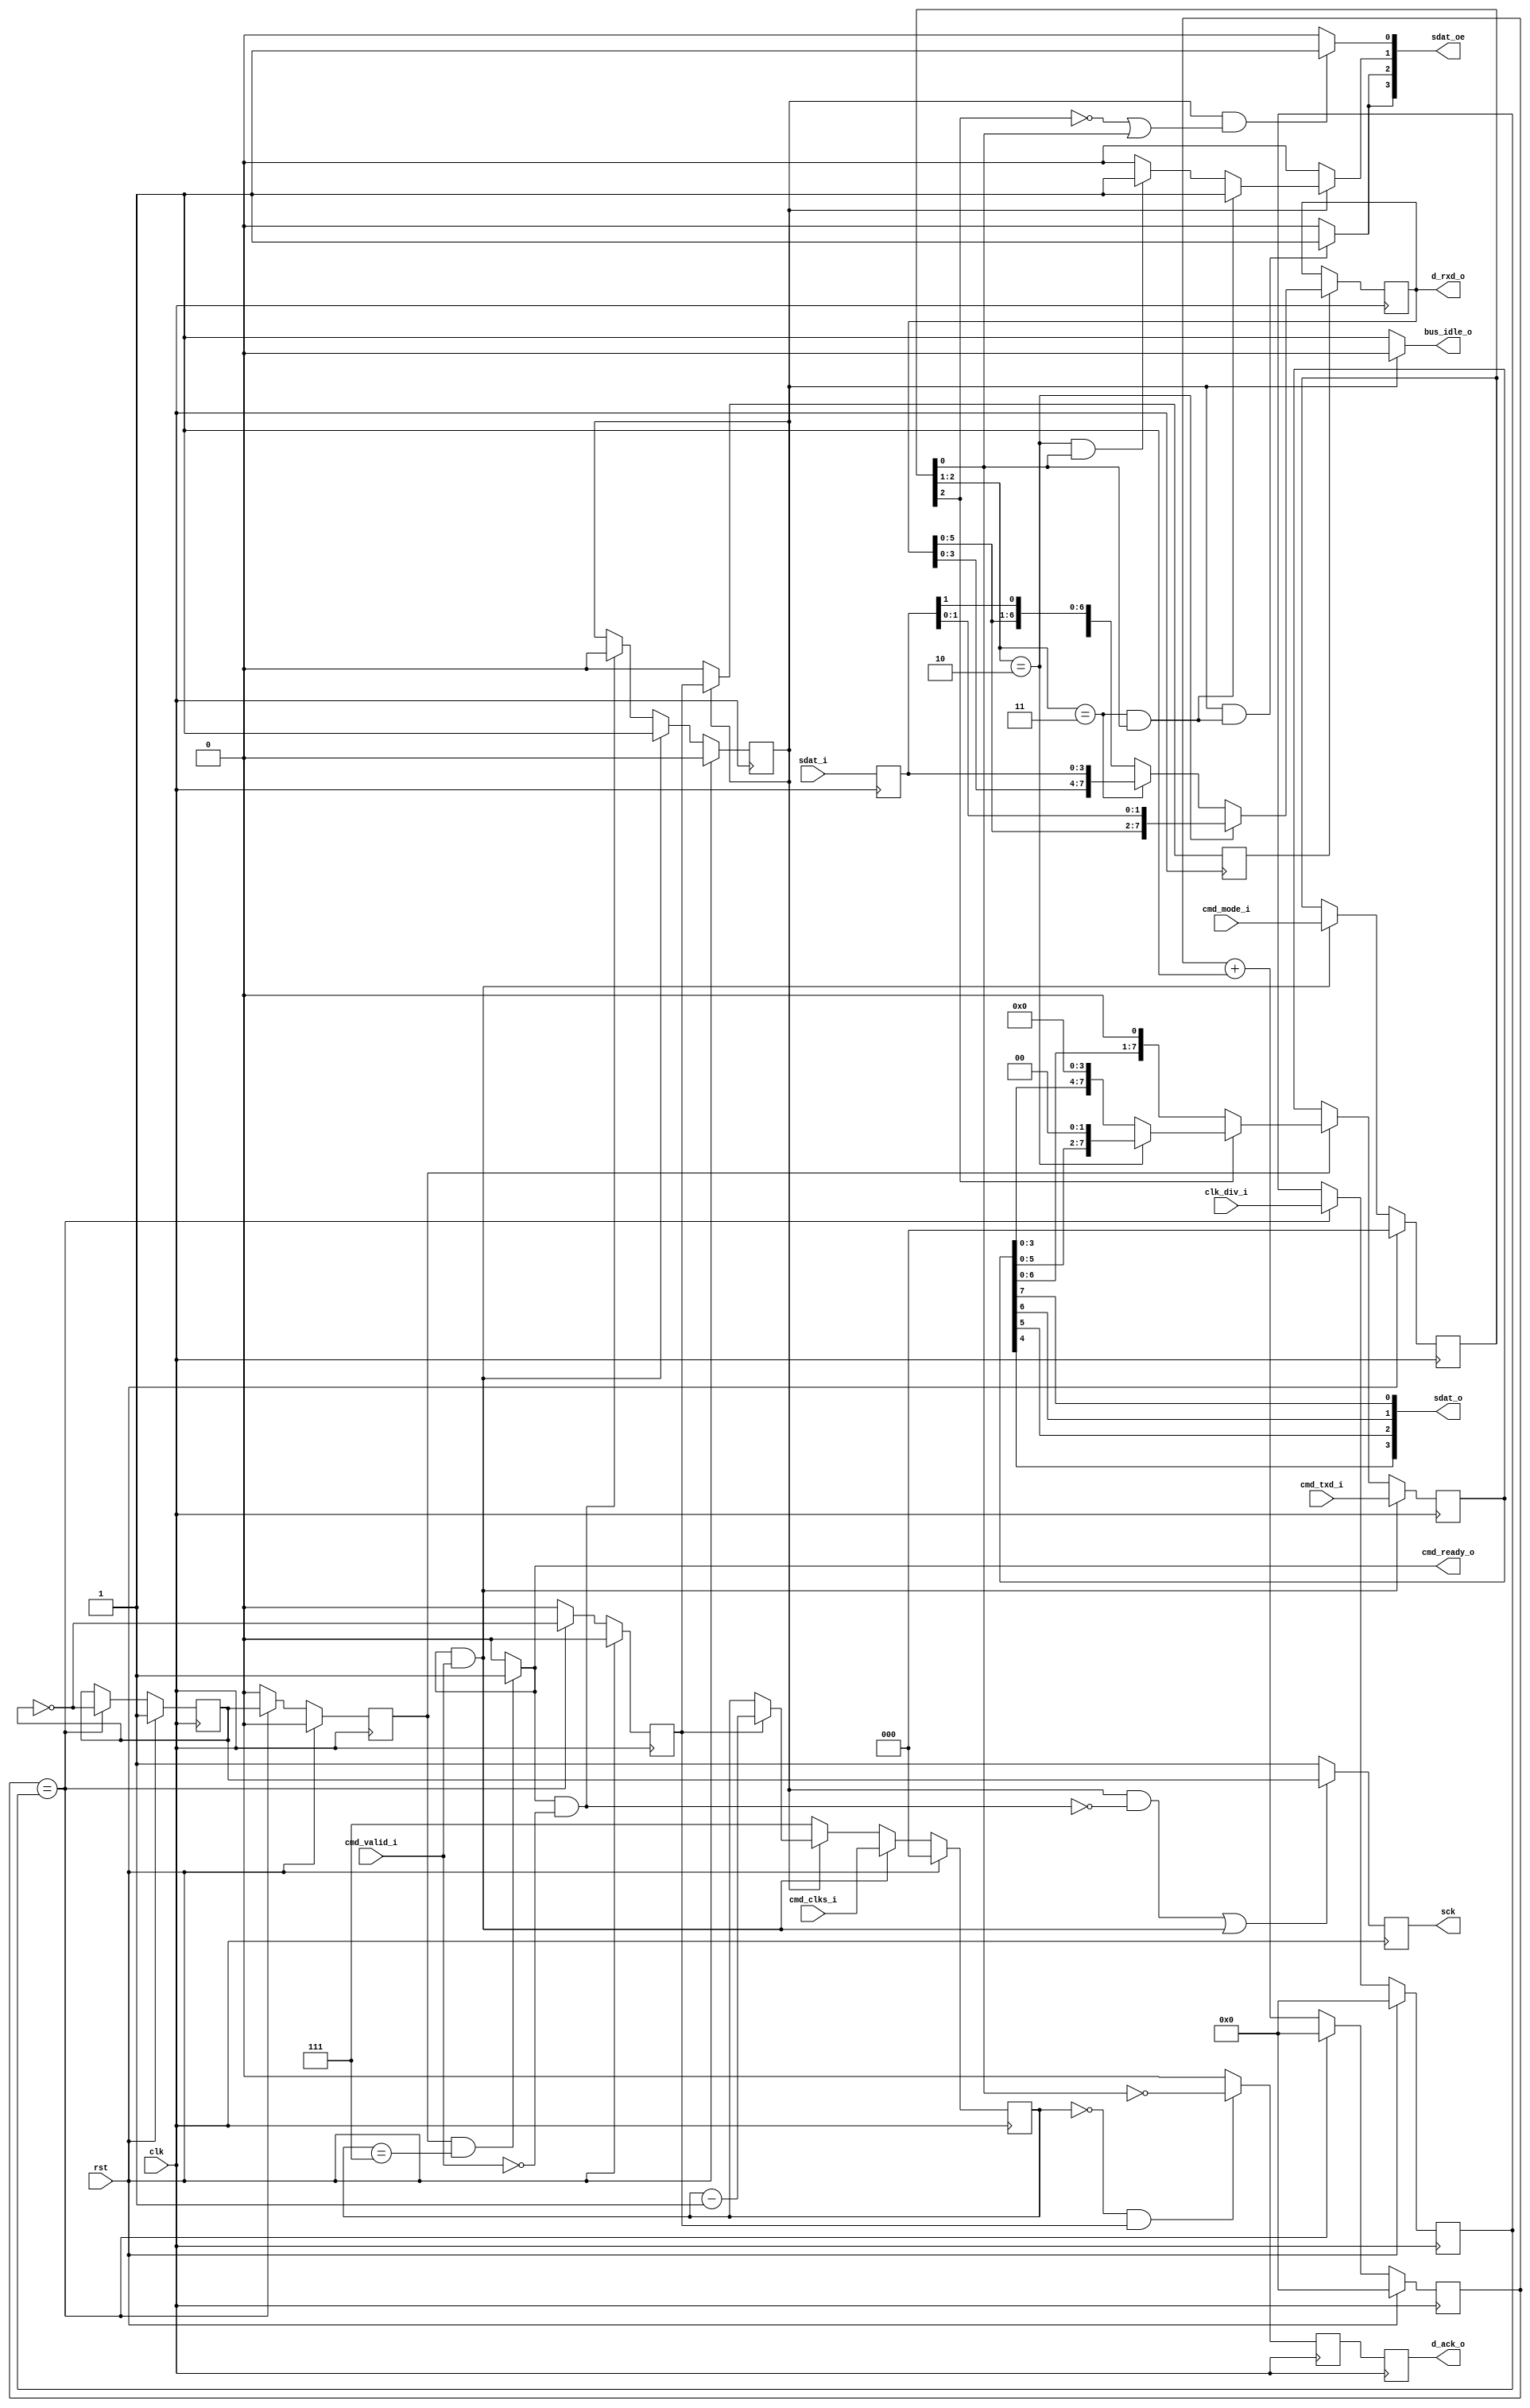
module spi_rxtx_4_1(clk, rst, clk_div_i, cmd_valid_i, cmd_mode_i, cmd_clks_i, cmd_txd_i, sdat_i, cmd_ready_o, d_rxd_o, d_ack_o, bus_idle_o, sck, sdat_o, sdat_oe);
  wire _00_;
  wire _01_;
  wire _02_;
  wire [31:0] _03_;
  wire _04_;
  wire [7:0] _05_;
  wire _06_;
  wire _07_;
  wire [7:0] _08_;
  wire _09_;
  wire [7:0] _10_;
  wire _11_;
  wire _12_;
  wire [7:0] _13_;
  wire _14_;
  wire _15_;
  wire _16_;
  wire _17_;
  wire _18_;
  wire _19_;
  reg _20_;
  reg _21_;
  reg [7:0] _22_;
  reg _23_;
  reg _24_;
  reg [7:0] _25_ = 8'h00;
  wire _26_;
  wire _27_;
  wire _28_;
  wire _29_;
  wire _30_;
  wire _31_;
  wire _32_;
  wire _33_;
  wire _34_;
  wire [2:0] _35_;
  wire _36_;
  wire [2:0] _37_;
  wire _38_;
  reg [2:0] _39_;
  reg _40_ = 1'h0;
  wire _41_;
  wire [2:0] _42_;
  wire [2:0] _43_;
  wire [2:0] _44_;
  wire [2:0] _45_;
  wire [2:0] _46_;
  reg [2:0] _47_;
  wire _48_;
  wire _49_;
  wire [7:0] _50_;
  wire [7:0] _51_;
  wire [7:0] _52_;
  wire [7:0] _53_;
  reg [7:0] _54_;
  wire _55_;
  wire _56_;
  wire _57_;
  wire _58_;
  wire _59_;
  wire _60_;
  wire _61_;
  wire _62_;
  wire _63_;
  wire _64_;
  wire _65_;
  wire _66_;
  wire _67_;
  wire _68_;
  wire _69_;
  wire _70_;
  wire _71_;
  wire _72_;
  wire _73_;
  wire _74_;
  wire _75_;
  wire _76_;
  wire _77_;
  wire _78_;
  wire _79_;
  wire _80_;
  wire _81_;
  wire _82_;
  reg [3:0] _83_;
  wire _84_;
  wire _85_;
  wire _86_;
  wire _87_;
  wire _88_;
  wire _89_;
  wire _90_;
  wire _91_;
  wire [7:0] _92_;
  wire [7:0] _93_;
  reg _94_ = 1'h0;
  reg _95_;
  reg _96_ = 1'h0;
  wire [7:0] _97_;
  reg [7:0] _98_ = 8'h00;
  wire [2:0] bit_count;
  output bus_idle_o;
  wire bus_idle_o;
  input clk;
  wire clk;
  wire [7:0] clk_div;
  input [7:0] clk_div_i;
  wire [7:0] clk_div_i;
  input [2:0] cmd_clks_i;
  wire [2:0] cmd_clks_i;
  wire [2:0] cmd_mode;
  input [2:0] cmd_mode_i;
  wire [2:0] cmd_mode_i;
  output cmd_ready_o;
  wire cmd_ready_o;
  input [7:0] cmd_txd_i;
  wire [7:0] cmd_txd_i;
  input cmd_valid_i;
  wire cmd_valid_i;
  output d_ack_o;
  wire d_ack_o;
  output [7:0] d_rxd_o;
  wire [7:0] d_rxd_o;
  wire dat_ack_l;
  wire [3:0] dat_i_l;
  wire end_cmd;
  wire [7:0] ireg;
  wire next_cmd;
  wire [7:0] oreg;
  input rst;
  wire rst;
  output sck;
  wire sck;
  wire sck_0;
  wire sck_1;
  wire [7:0] \sck_gen.counter ;
  wire sck_recv;
  wire sck_recv_d;
  wire sck_send;
  input [3:0] sdat_i;
  wire [3:0] sdat_i;
  output [3:0] sdat_o;
  wire [3:0] sdat_o;
  output [3:0] sdat_oe;
  wire [3:0] sdat_oe;
  wire start_cmd;
  wire state;
  assign _00_ = { 24'h000000, \sck_gen.counter  } == { 24'h000000, clk_div };
  assign _01_ = ~ sck_0;
  assign _02_ = ~ sck_0;
  assign _03_ = { 24'h000000, \sck_gen.counter  } + 32'd1;
  assign _04_ = _00_ ? _01_ : sck_0;
  assign _05_ = _00_ ? clk_div_i : clk_div;
  assign _06_ = _00_ ? sck_0 : 1'h0;
  assign _07_ = _00_ ? _02_ : 1'h0;
  assign _08_ = _00_ ? 8'h00 : _03_[7:0];
  assign _09_ = rst ? 1'h1 : _04_;
  assign _10_ = rst ? 8'h00 : _05_;
  assign _11_ = rst ? 1'h0 : _06_;
  assign _12_ = rst ? 1'h0 : _07_;
  assign _13_ = rst ? 8'h00 : _08_;
  assign _14_ = state == 1'h1;
  assign _15_ = ~ end_cmd;
  assign _16_ = _14_ & _15_;
  assign _17_ = next_cmd & cmd_valid_i;
  assign _18_ = _16_ | _17_;
  assign _19_ = _18_ ? sck_0 : 1'h1;
  always @(posedge clk)
    _20_ <= _09_;
  always @(posedge clk)
    _21_ <= _19_;
  always @(posedge clk)
    _22_ <= _10_;
  always @(posedge clk)
    _23_ <= _11_;
  always @(posedge clk)
    _24_ <= _12_;
  always @(posedge clk)
    _25_ <= _13_;
  assign _26_ = bit_count == 3'h7;
  assign _27_ = sck_send & _26_;
  assign _28_ = _27_ ? 1'h1 : 1'h0;
  assign _29_ = next_cmd & cmd_valid_i;
  assign _30_ = ~ cmd_valid_i;
  assign _31_ = next_cmd & _30_;
  assign _32_ = state == 1'h0;
  assign _33_ = _32_ ? 1'h1 : 1'h0;
  assign _34_ = end_cmd ? 1'h0 : state;
  assign _35_ = start_cmd ? cmd_mode_i : cmd_mode;
  assign _36_ = start_cmd ? 1'h1 : _34_;
  assign _37_ = rst ? 3'h0 : _35_;
  assign _38_ = rst ? 1'h0 : _36_;
  always @(posedge clk)
    _39_ <= _37_;
  always @(posedge clk)
    _40_ <= _38_;
  assign _41_ = state != 1'h1;
  assign _42_ = bit_count - 3'h1;
  assign _43_ = sck_recv ? _42_ : bit_count;
  assign _44_ = _41_ ? 3'h7 : _43_;
  assign _45_ = start_cmd ? cmd_clks_i : _44_;
  assign _46_ = rst ? 3'h0 : _45_;
  always @(posedge clk)
    _47_ <= _46_;
  assign _48_ = ~ cmd_mode[2];
  assign _49_ = cmd_mode[2:1] == 2'h2;
  assign _50_ = _49_ ? { oreg[5:0], 2'h0 } : { oreg[3:0], 4'h0 };
  assign _51_ = _48_ ? { oreg[6:0], 1'h0 } : _50_;
  assign _52_ = sck_send ? _51_ : oreg;
  assign _53_ = start_cmd ? cmd_txd_i : _52_;
  always @(posedge clk)
    _54_ <= _53_;
  assign _55_ = state == 1'h1;
  assign _56_ = cmd_mode[2:1] == 2'h3;
  assign _57_ = 1'h1 & _56_;
  assign _58_ = _57_ & cmd_mode[0];
  assign _59_ = _60_ ? 1'h1 : 1'h0;
  assign _60_ = _55_ & _58_;
  assign _61_ = state == 1'h1;
  assign _62_ = cmd_mode[2:1] == 2'h3;
  assign _63_ = 1'h1 & _62_;
  assign _64_ = _63_ & cmd_mode[0];
  assign _65_ = _66_ ? 1'h1 : 1'h0;
  assign _66_ = _61_ & _64_;
  assign _67_ = state == 1'h1;
  assign _68_ = cmd_mode[2:1] == 2'h2;
  assign _69_ = 1'h1 & _68_;
  assign _70_ = _69_ & cmd_mode[0];
  assign _71_ = _70_ ? 1'h1 : 1'h0;
  assign _72_ = cmd_mode[2:1] == 2'h3;
  assign _73_ = 1'h1 & _72_;
  assign _74_ = _73_ & cmd_mode[0];
  assign _75_ = _74_ ? 1'h1 : _71_;
  assign _76_ = _67_ ? _75_ : 1'h0;
  assign _77_ = state == 1'h1;
  assign _78_ = ~ cmd_mode[2];
  assign _79_ = _78_ | cmd_mode[0];
  assign _80_ = 1'h1 & _79_;
  assign _81_ = _82_ ? 1'h1 : 1'h0;
  assign _82_ = _77_ & _80_;
  always @(negedge clk)
    _83_ <= sdat_i;
  assign _84_ = state == 1'h1;
  assign _85_ = _84_ ? sck_recv : 1'h0;
  assign _86_ = bit_count == 3'h0;
  assign _87_ = _86_ & sck_recv;
  assign _88_ = ~ cmd_mode[0];
  assign _89_ = _87_ ? _88_ : 1'h0;
  assign _90_ = cmd_mode[2:1] == 2'h2;
  assign _91_ = cmd_mode[2:1] == 2'h3;
  assign _92_ = _91_ ? { ireg[3:0], dat_i_l } : { ireg[6:0], dat_i_l[1] };
  assign _93_ = _90_ ? { ireg[5:0], dat_i_l[1:0] } : _92_;
  always @(posedge clk)
    _94_ <= dat_ack_l;
  always @(posedge clk)
    _95_ <= _89_;
  always @(posedge clk)
    _96_ <= _85_;
  assign _97_ = sck_recv_d ? _93_ : ireg;
  always @(posedge clk)
    _98_ <= _97_;
  assign sck_0 = _20_;
  assign sck_1 = _21_;
  assign clk_div = _22_;
  assign sck_send = _23_;
  assign sck_recv = _24_;
  assign cmd_mode = _39_;
  assign oreg = _54_;
  assign dat_i_l = _83_;
  assign dat_ack_l = _95_;
  assign sck_recv_d = _96_;
  assign ireg = _98_;
  assign bit_count = _47_;
  assign next_cmd = _28_;
  assign start_cmd = _29_;
  assign end_cmd = _31_;
  assign state = _40_;
  assign \sck_gen.counter  = _25_;
  assign cmd_ready_o = next_cmd;
  assign d_rxd_o = ireg;
  assign d_ack_o = _94_;
  assign bus_idle_o = _33_;
  assign sck = sck_1;
  assign sdat_o = { oreg[4], oreg[5], oreg[6], oreg[7] };
  assign sdat_oe = { _59_, _65_, _76_, _81_ };
endmodule